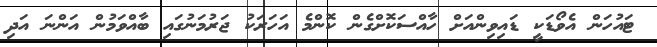
ޓައުހަން އެވޯޑަކީ ޑައިވިންއަށް ހާއްސަކޮށްގެން ކޮންމެ އަހަރަކު ޖަރުމަނުގައި ބާއްވަމުން އަންނަ އަދި